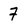
Character: 7